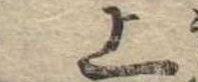
上